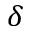
\delta